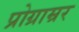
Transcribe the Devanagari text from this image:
प्रोग्राम्रर